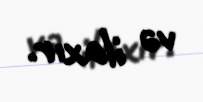
və ilaxır.